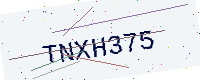
Text: TNXH375